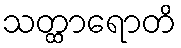
သတ္ထာရောတိ